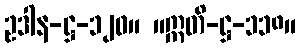
ဥဒါန-ဋ္ဌ-၁၂၀။ ။ဣတိ-ဋ္ဌ-၁၁၈။